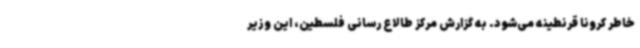
خاطر کرونا قرنطینه می‌شود. به گزارش مرکز طالاع رسانی فلسطین، این وزیر